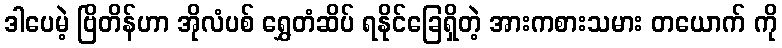
ဒါပေမဲ့ ဗြိတိန်ဟာ အိုလံပစ် ရွှေတံဆိပ် ရနိုင်ခြေရှိတဲ့ အားကစားသမား တယောက် ကို